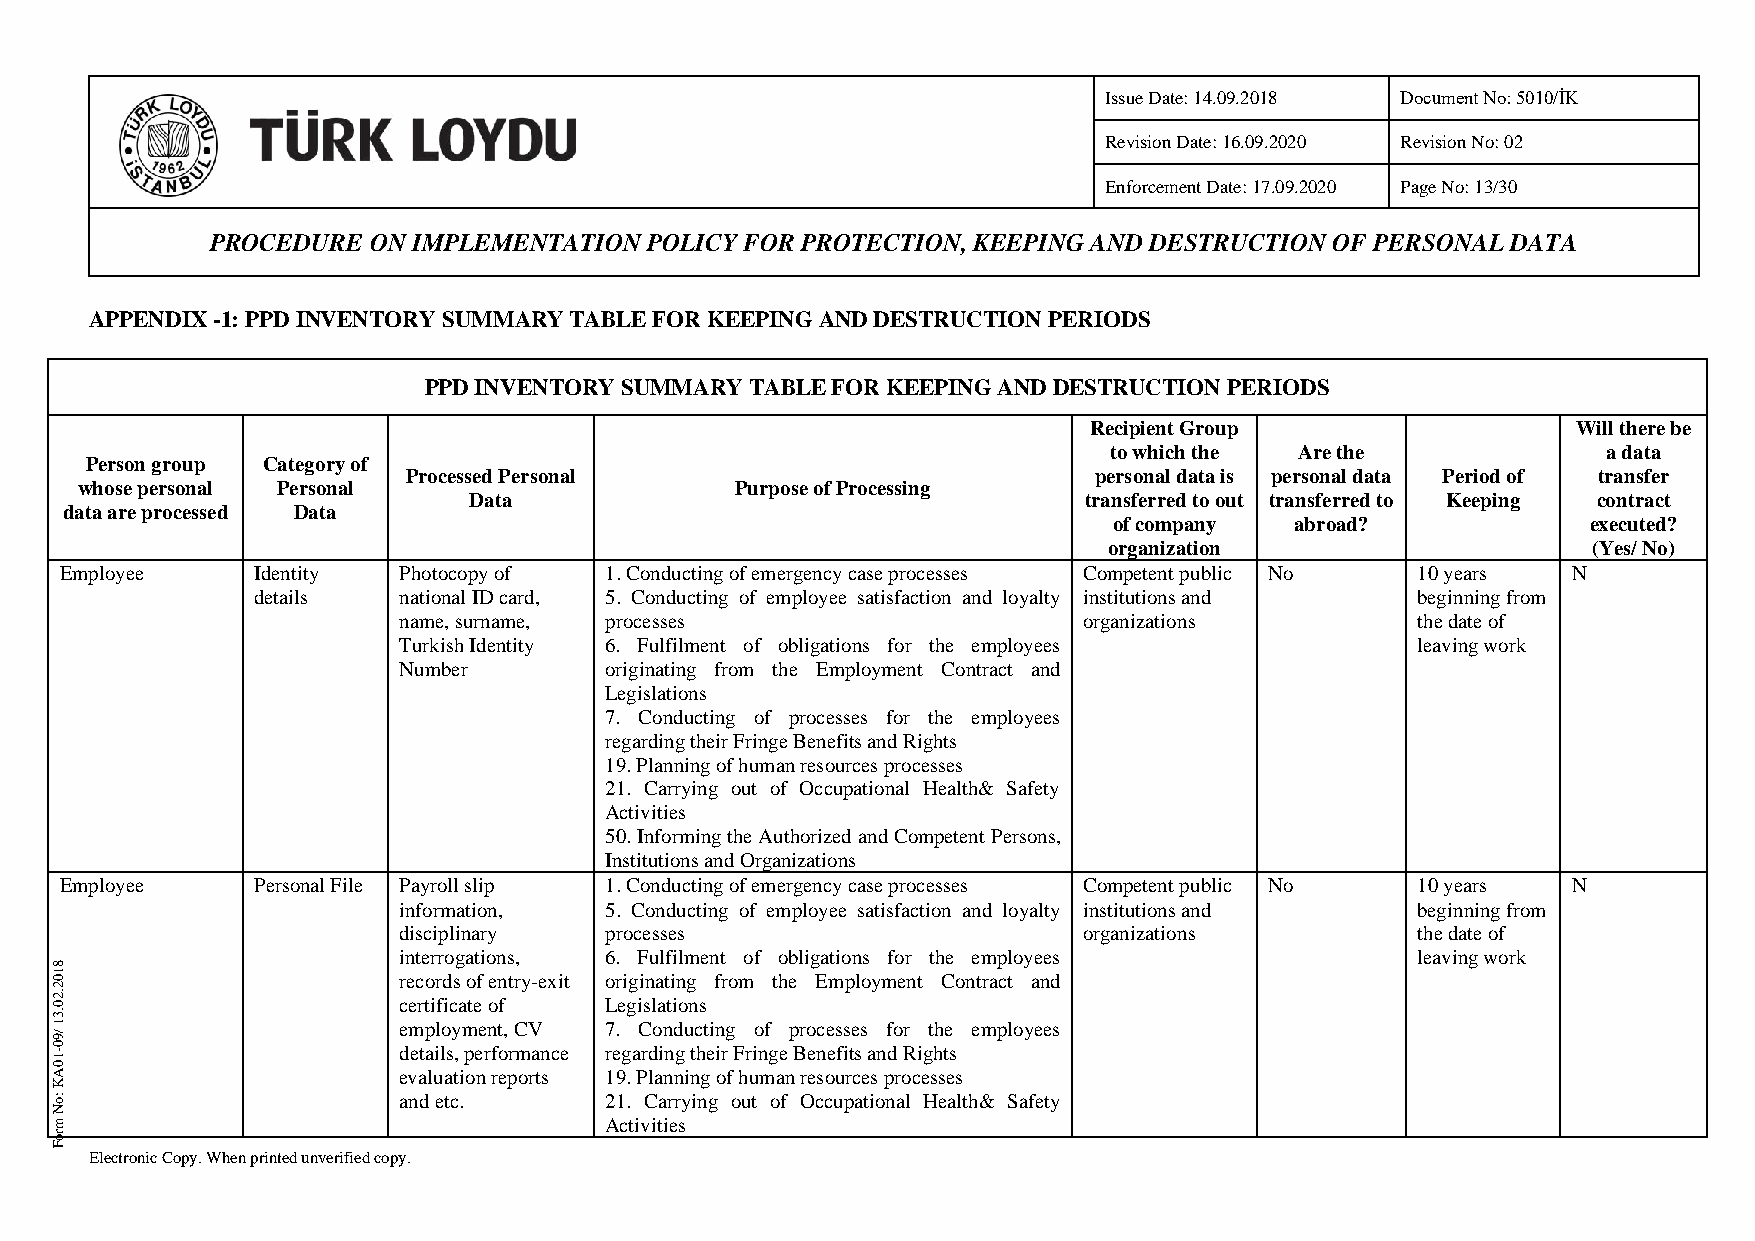
Issue Date: 14.09.2018 Document No: 5010/İK
 Revision Date: 16.09.2020 Revision No: 02
 Enforcement Date: 17.09.2020 Page No: 13/30
 PROCEDURE ON IMPLEMENTATION  POLICY FOR PROTECTION, KEEPING AND DESTRUCTION OF PERSONAL DATA
 APPENDIX -1: PPD INVENTORY SUMMARY TABLE FOR KEEPING AND DESTRUCTION PERIODS
 PPD INVENTORY SUMMARY TABLE FOR KEEPING AND DESTRUCTION PERIODS
 Recipient Group                 Will there be
 to which the Are the             a data
 Person group Category of
 Processed Personal                           personal data is personal data Period of transfer
 whose personal Personal                     Purpose of Processing
 Data                                     transferred to out transferred to Keeping contract
 data are processed Data
 of company  abroad?            executed?
 organization                    (Yes/ No)
 Employee     Identity Photocopy of  1. Conducting of emergency case processes Competent public No 10 years N
 details  national ID card, 5. Conducting of employee satisfaction and loyalty institutions and beginning from
 name, surname, processes                      organizations         the date of
 Turkish Identity 6. Fulfilment of obligations for the employees     leaving work
 Number        originating from the Employment Contract and
 Legislations
 7. Conducting of processes for the employees
 regarding their Fringe Benefits and Rights
 19. Planning of human resources processes
 21. Carrying out of Occupational Health& Safety
 Activities
 50. Informing the Authorized and Competent Persons,
 Institutions and Organizations
 Employee     Personal File Payroll slip 1. Conducting of emergency case processes Competent public No 10 years N
 information,  5. Conducting of employee satisfaction and loyalty institutions and beginning from
 disciplinary  processes                       organizations         the date of
 interrogations, 6. Fulfilment of obligations for the employees      leaving work
 8
 1 0                    records of entry-exit originating from the Employment Contract and
 2
 .2
 0                      certificate of Legislations
 .3
 1
 /9
 employment, CV 7. Conducting of processes for the employees
 10 -                   details, performance regarding their Fringe Benefits and Rights
 0
 A                      evaluation reports 19. Planning of human resources processes
 K
 :o                     and etc.      21. Carrying out of Occupational Health& Safety
 N
 m                                    Activities
 ro
 F
 Electronic Copy. When printed unverified copy.